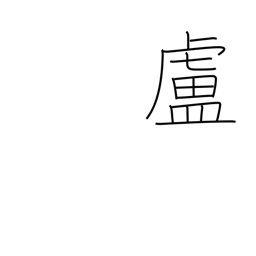
Meaning: hut